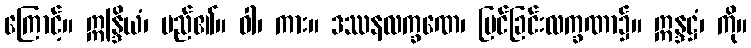
ကြောင့်။ ဣန္ဒြိယံ၊ မည်၏။ ဝါ၊ ကား။ ဒဿနလက္ခဏေ၊ မြင်ခြင်းလက္ခဏာ၌။ ဣန္ဒဋ္ဌံ၊ ကို။